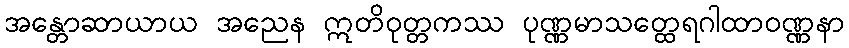
အန္တောဆာယာယ အညေန ဣတိဝုတ္တကဿ ပုဏ္ဏမာသတ္ထေရဂါထာဝဏ္ဏနာ